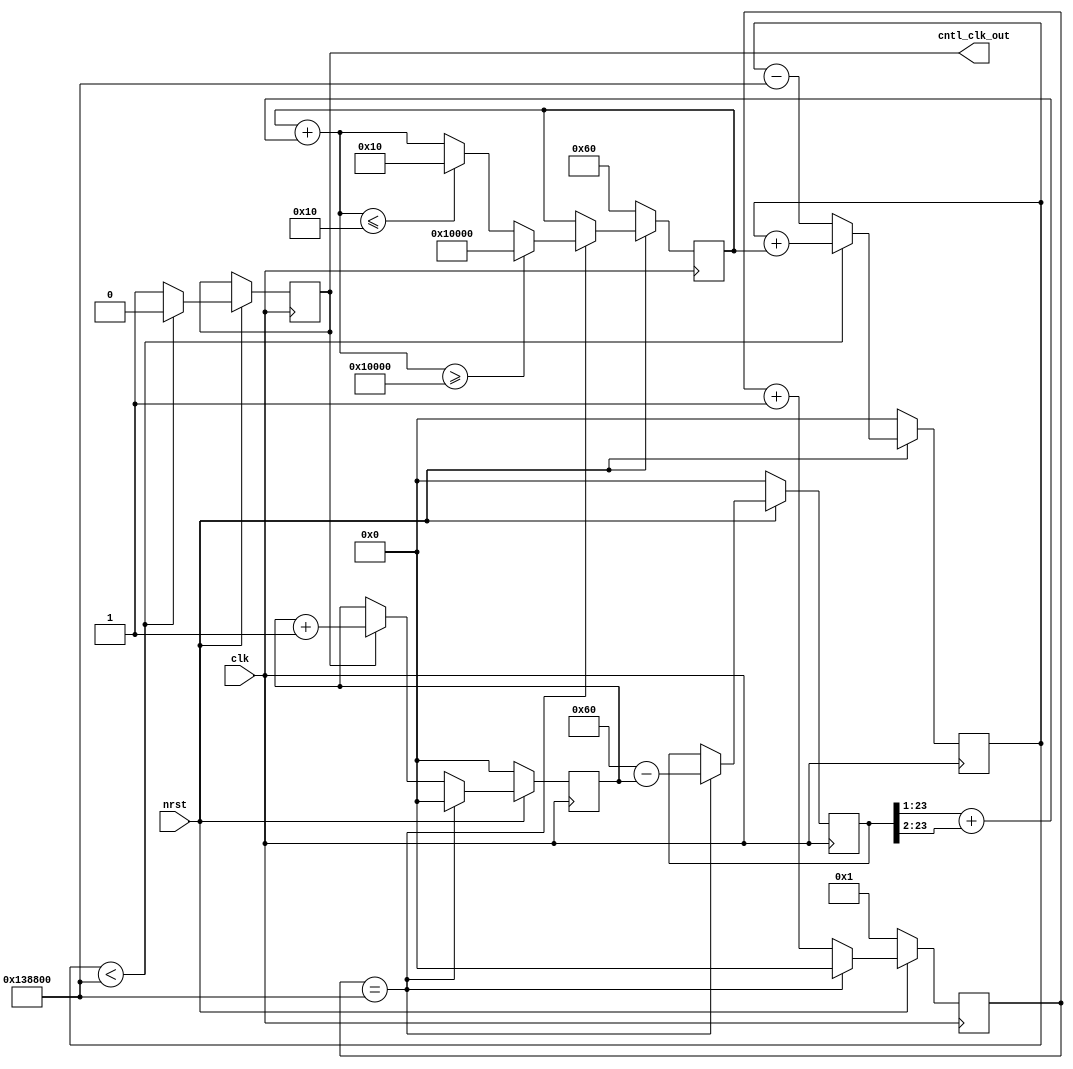
module BAUD_GEN
#(
	parameter BAUD_RATE = 16'd9600,
	parameter FLL_CNTL_PARAM = 24'd1280000,
	parameter FLL_CNTL_FREQ = 16'd100,
	parameter BAUD_INITIAL = 24'd96
)
(
	input wire clk,
	input wire nrst,
	output reg cntl_clk_out
);

localparam MAX_VCO_CNT = 24'sd65536;
localparam MIN_VCO_CNT = 24'sd16;
wire[23:0] baud_cnt_ref;
assign baud_cnt_ref = BAUD_RATE/FLL_CNTL_FREQ;

reg[23:0] baud_vco;
reg[23:0] baud_vco_cnt_loc;
always @(posedge clk)
if(!nrst) begin
	baud_vco_cnt_loc <= 24'h0;
end
else begin
	if(baud_vco_cnt_loc < FLL_CNTL_PARAM) begin
		baud_vco_cnt_loc <= baud_vco_cnt_loc + baud_vco;
		cntl_clk_out <= 1'b0;
	end
	else begin
		baud_vco_cnt_loc <= baud_vco_cnt_loc - FLL_CNTL_PARAM;
		cntl_clk_out <= 1'b1;
	end
end
reg[23:0] baud_counter;
reg[23:0] clk_counter;
reg signed[23:0] baud_err;
wire cntl_flag;
assign cntl_flag = (clk_counter==FLL_CNTL_PARAM);

always @(posedge clk)
if(!nrst) begin
	baud_counter <= 24'b0;
	clk_counter <= 24'b1;
	baud_err <= 24'sd0;
end
else begin
	clk_counter <= clk_counter + 24'h1;
	if(cntl_clk_out) begin
		baud_counter<= baud_counter + 24'h1;
	end
	if(clk_counter == FLL_CNTL_PARAM)
	begin
		baud_err <= $signed(baud_cnt_ref) - $signed(baud_counter);
		baud_counter <= 24'b0;
		clk_counter <= 24'b0;
	end
end
wire signed[23:0] baud_err_k,baud_vco_temp;
assign baud_err_k = (baud_err >>> 'd1)+(baud_err >>> 'd2);
assign baud_vco_temp = $signed(baud_vco) +baud_err_k;
always @(posedge clk)
if(!nrst) begin
	baud_vco <= BAUD_INITIAL;
end
else begin
	if(cntl_flag) begin
		if(baud_vco_temp >= MAX_VCO_CNT) baud_vco <= $unsigned(MAX_VCO_CNT);
		else if(baud_vco_temp <= MIN_VCO_CNT) baud_vco <= $unsigned(MIN_VCO_CNT);
		else baud_vco <= $unsigned(baud_vco_temp);
	end
end
endmodule

module BITSTREAM_GEN #(
    parameter integer data_width = 32
)
(
	input wire clk,
	input wire nrst,
	input wire[data_width-1:0] byte_in,
	input wire byte_latch,
	input wire en,
	output reg bit_out,
	output reg is_empty
);
reg[data_width-1:0] byte_buffer1,byte_buffer2;
reg[data_width-1:0] idx_cnt;
reg ping_pong;
always @(posedge clk)
if(!nrst) begin
	idx_cnt <= 8'd0;
	byte_buffer1 <= 32'd0;
	byte_buffer2 <= 32'd0;
	ping_pong <= 1'b0;
	bit_out <= 1'b0;
	is_empty <= 1'b1;
end
else begin
	if(byte_latch) begin
		if(ping_pong) byte_buffer1 <= byte_in;
		else byte_buffer2 <= byte_in;
	end
	if(en) begin
		if(idx_cnt != 8'd0) begin
			idx_cnt <= idx_cnt - 8'd1;
			is_empty <= 1'b0;
		end
		else begin
			ping_pong <= ~ping_pong;
			is_empty <= 1'b1;
			idx_cnt <= 8'd31;
		end
		bit_out <= (ping_pong)?byte_buffer2[idx_cnt]:byte_buffer1[idx_cnt];
	end 
	
end
endmodule 

module BPSK_Ctrl
#(
           parameter integer data_width = 32,
           parameter integer frame_length = 38,
           parameter integer addr_width = 32,
           parameter integer ref_clk_freq = 128000000,
           parameter integer baudrate = 9600
)
(
           input                            clk        , //
           input                            rst_n      , //
           input                            send_signal, // send 

           // RAM
           output                           ram_clk    , //RAM
           input        [data_width-1 : 0]  ram_rd_data, //RAM
           output  wire                     ram_en     , //RAM
           output  reg  [addr_width-1 : 0]  ram_addr   , //RAM
           
           output  reg  [3:0]               ram_we     , //RAM 1 0
           output  reg  [data_width-1 : 0]  ram_wr_data, //RAM
           output  reg                      ram_rst    , //RAM,

           // phase ctrl
           output reg                       gen_en     ,
           output reg                       phase_ctrl ,
           output reg                       baud
	
);
wire bit_signal;
wire clk_baud;
reg ram_latch_enable;
reg [data_width-1:0] data;
BAUD_GEN baud_inst
(
	.clk(clk),
	.nrst(rst_n),
	.cntl_clk_out(clk_baud)
);
always @ (posedge clk) begin
    if(!rst_n)
        baud <= 1'd0;
    else
    if (clk_baud)
        baud <= ~baud;
end
BITSTREAM_GEN #(
    .data_width(data_width)
) bitstream_inst
(
	.clk(clk),
	.nrst(rst_n),
	.byte_in(data),
	.byte_latch(ram_latch_enable),
	.is_empty(ram_en),
	.en(clk_baud & send_signal),
	.bit_out(bit_signal)
);

assign ram_clk = clk;
reg ram_en_legacy;
always @ (posedge clk) begin
    if (!rst_n) begin
        data <= 32'h0;
        ram_addr <= 31'd0;
        ram_we <= 4'd0;
        ram_wr_data <= 32'd0;
        ram_rst <= 1'b0;
    end
    else begin
		ram_en_legacy <= ram_en;
    	if(!ram_en_legacy & ram_en) ram_latch_enable <= 1'b1;
		else ram_latch_enable <= 1'b0;
		
		if(ram_latch_enable) begin
			if (ram_addr == 32'd152-32'd4) ram_addr <= 32'd0;  // 32, 8bit!!
    		else ram_addr <= ram_addr + 32'd4;
		end
		data <= ram_rd_data;
    end
end

always @(posedge clk)
if(!rst_n) begin
	phase_ctrl <= 1'b0;
end
else begin
	if(bit_signal & clk_baud) phase_ctrl <= ~phase_ctrl;
	gen_en <= send_signal;
end
endmodule